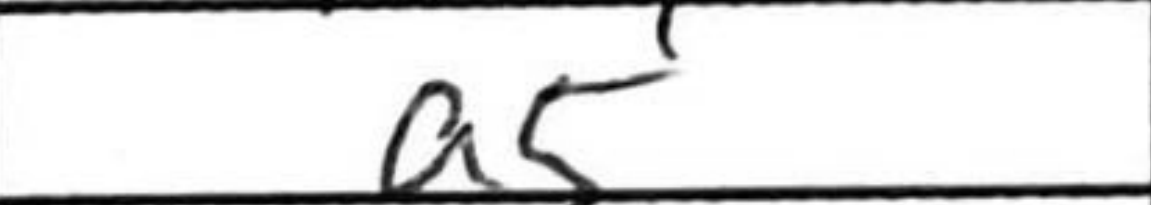
Transcription: a5